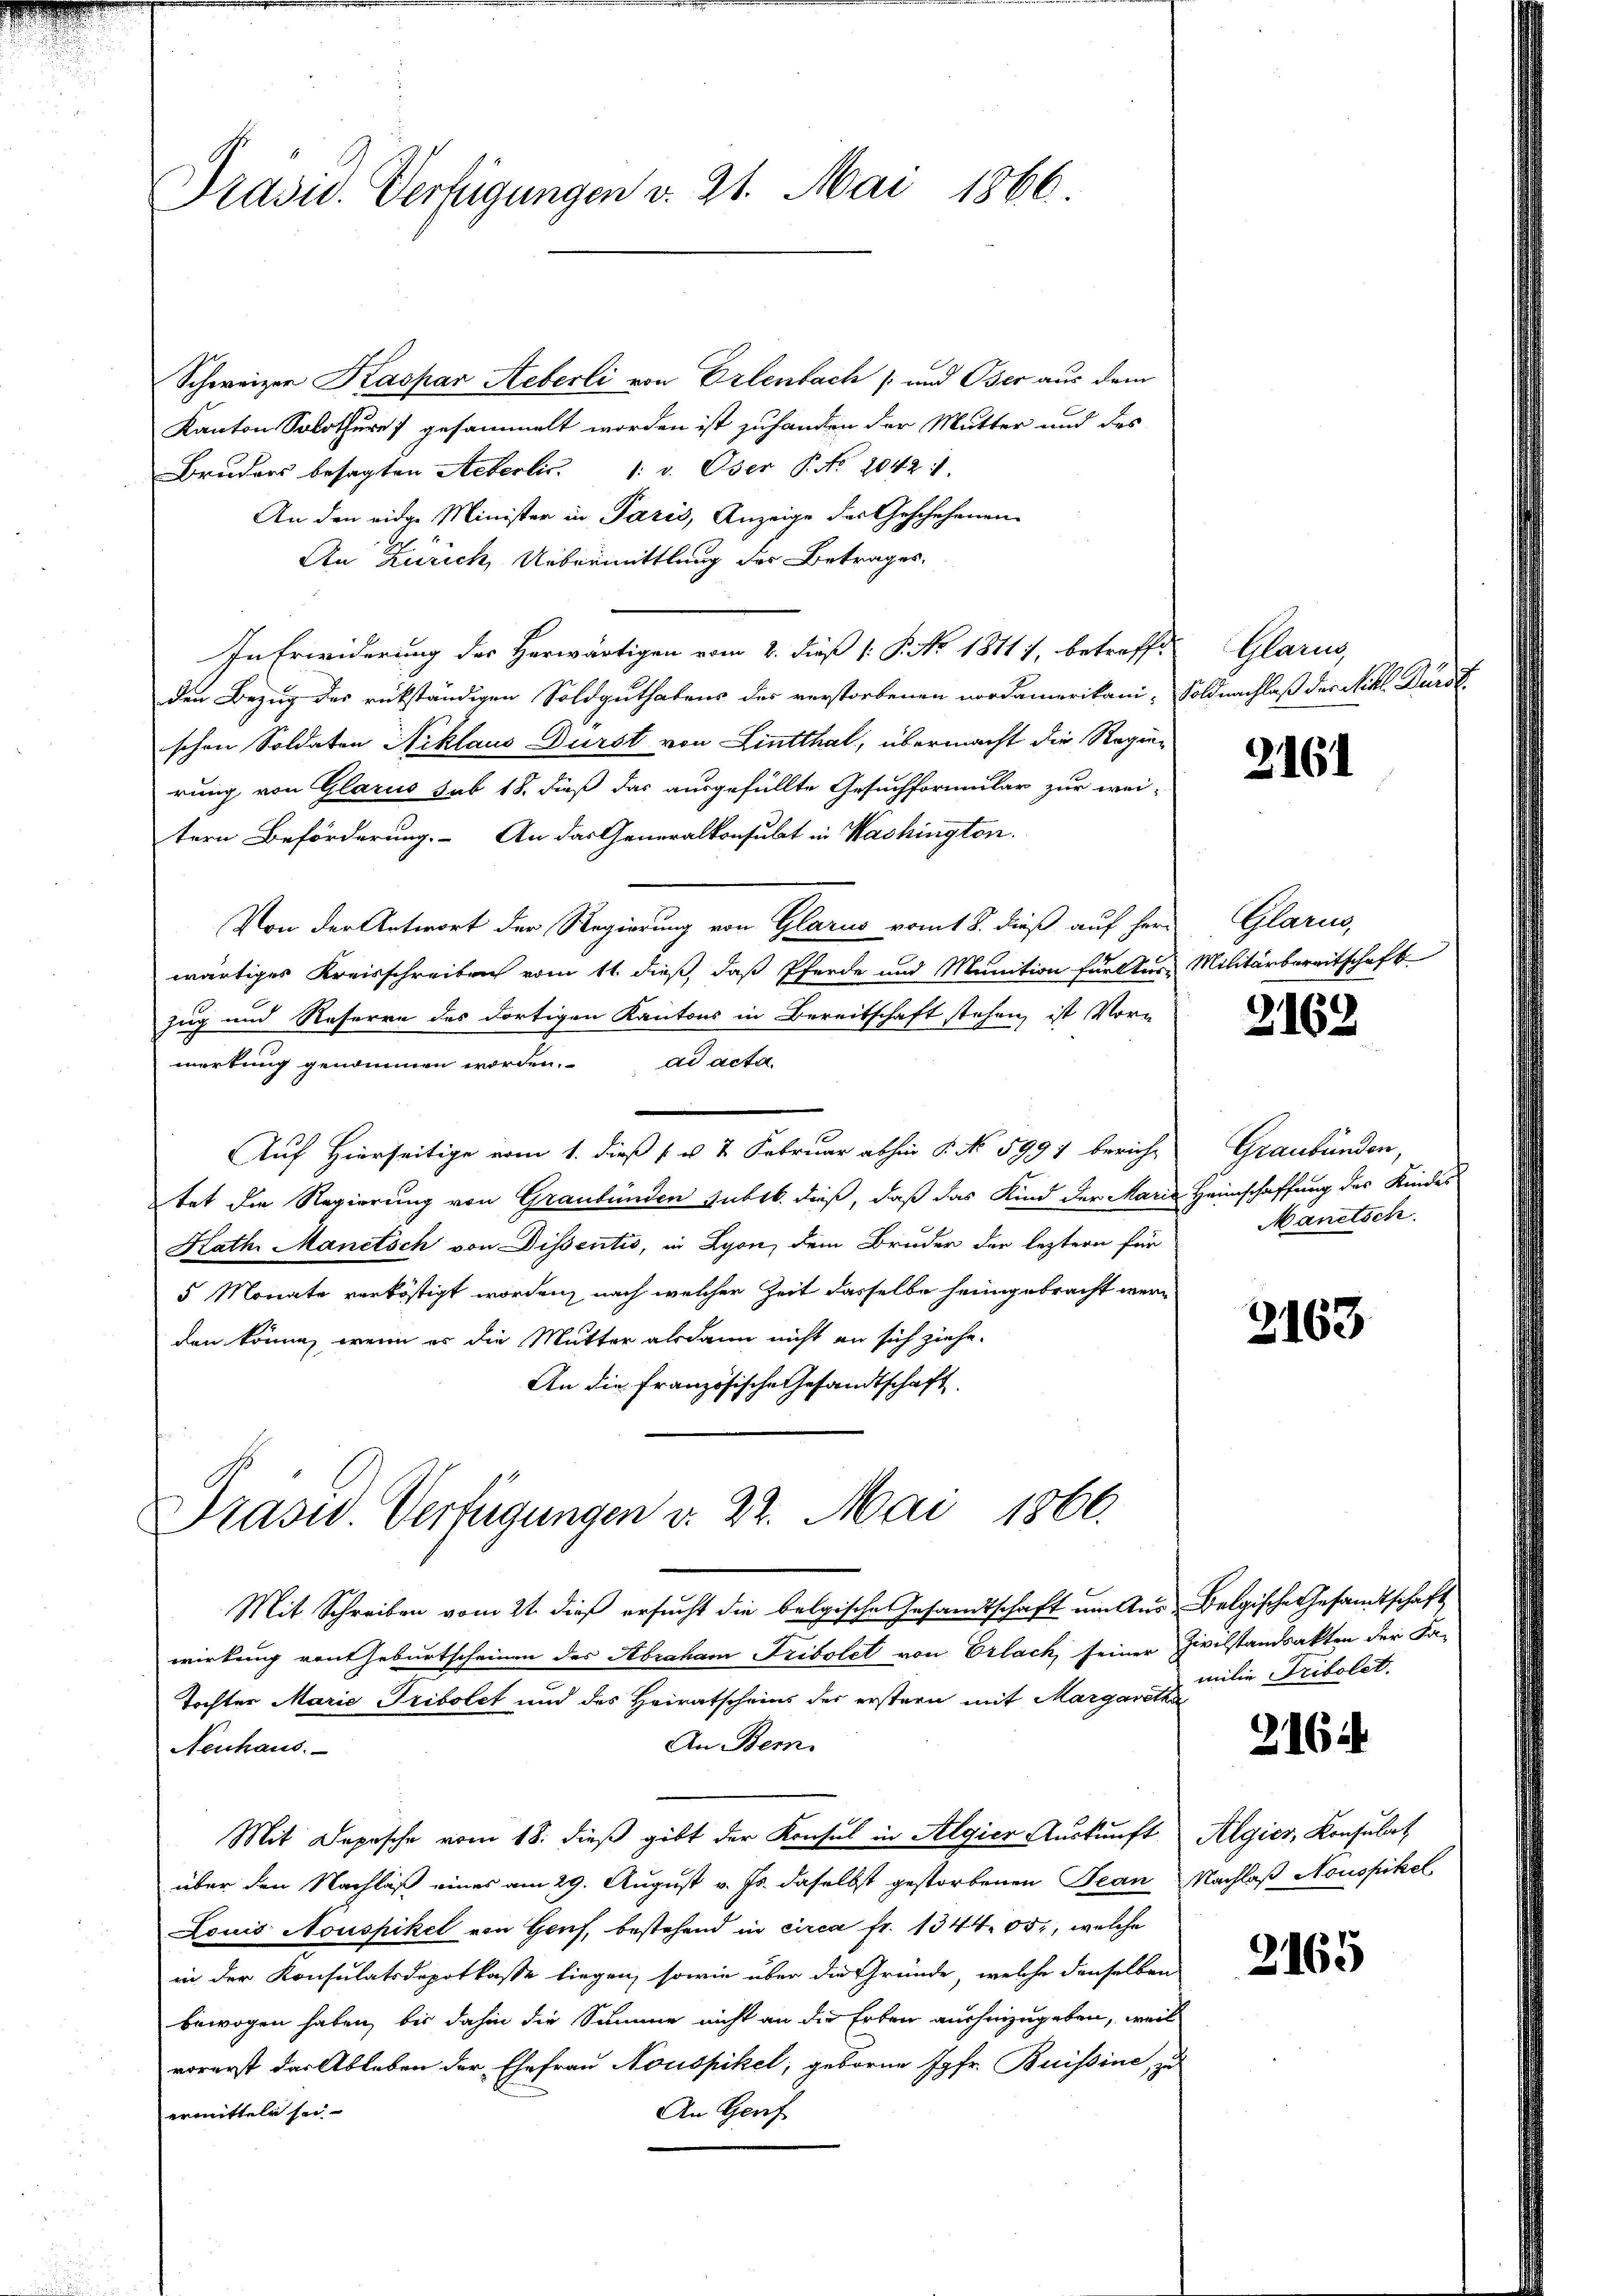
Präsid. Verfügungen v. 21. Mai 1866.

Schweizer Kaspar Aeberli von Erlenbach  und Oser aus dem
Kanton Solothure) gesammelt worden ist zu handen der Mutter und des
Bruders besagten Aeberlic. 1: v. Oser P. Nr. 2042
An den eidge Minister in Paris, Anzeige des Geschehenen
An Zürich, Uebermittlung des Betrages,
In Erwiderung des Herwärtigen vom 2. dieß (: P. No. 18117, betreffe
den Bezug des rückständigen Soldguthatens des verstorbenen nordamerikani-Soldnachlaß der Nikl. Dürstschen Soldaten Niklaus Durst von Lintthal, übermacht die Regierung von Glarus sub 18. dieß das ausgefüllte Gesuchformular zur wei-
tern Beförderung. An das Generalkonsulat in Wachington.
Von der Antwort der Regierung von Glarus vom 18. dieß auf herr
wärtiges Kreisschreiben vom 11. dieß, daß Pferde und Munition für Aus Militärbereitschaft
zug und Reseren des dortigen Kantons in Bereitschaft stehen ist Vorn
merkung genommen worden. ad acta
Auf Hierseitige vom 1. dieß ( v. 2. Februar abhin P. No 5997 bericht
tat die Regierung von Graubünden subtb. dieß, daß das Kind der Marie Heimschaffung des Kindes
Kath. Manitsch von Dissentis, in Lyon, dem Bruder der leztern für
5 Monate verköstigt worden, nach welcher Zeit dasselbe heimgebracht werden könne, wenn es die Mutter alsdann nicht an sich ziehe.
An die französische Gesandtschaft

Prasid. Verfügungen v. 22. Mai 1866.

Glarus

Mit Schreiben vom 21. dieß ersucht die belgische Gesandtschaft ein Aus Belgische Gesandtschaft
wirkung von Geburtscheinen des Abraham Fribolet von Erlach, seiner Zivilstandsakten der Fa-
Tochter Marie Tribolet und des Heiratscheins der erstern mit Margaretha
An Bern.
Neuhaus.
Mit Depesche vom 18. dieß gibt der Konsul in Algier Auskunft Algier, Konsulat
über den Nachlaß eines am 29. August v. Js. daselbst gestorbenen Jean Nachlaß Monopikel
Louis Nouspikel von Genf, bestehend in circa Fr. 1344. 65, welche
in der Konsulatsdopotkasse liegen, sowie über die Gründe, welche denselben
bewogen haben, bis dahin die Summe nicht an die Erben aushinzugeben, weil
vorerst das Ableben der Ehefrau Nouspikel, geboren Jgfr. Buissine, zu
ermitteln sei
An Graf

2161

Glarus

2162

Graubünden,
Manetsch

2163

milie Tribolet.

3. 1614

2165